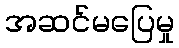
အဆင်မပြေမှု